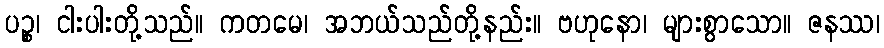
ပဉ္စ၊ ငါးပါးတို့သည်။ ကတမေ၊ အဘယ်သည်တို့နည်း။ ဗဟုနော၊ များစွာသော။ ဇနဿ၊